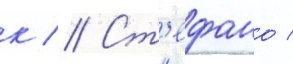
к // Ст'ефано /